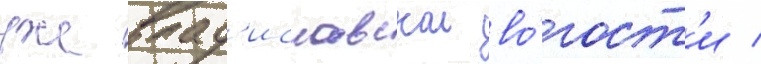
уже влад'иславскои во́лост'и /